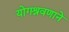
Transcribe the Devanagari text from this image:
योगश्रवणाने